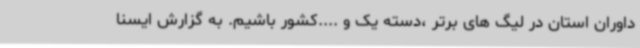
داوران استان در لیگ های برتر ،دسته یک و ....کشور باشیم. به گزارش ایسنا